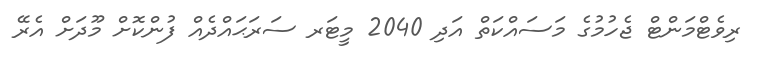
ރިވެޓްމަންޓް ޖެހުމުގެ މަސައްކަތް އަދި 2040 މީޓަރ ސަރަޙައްދެއް ފުންކޮށް މޫދަށް އެރޭ